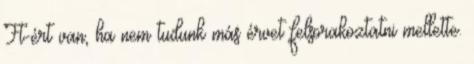
Ft-ért van, ha nem tudunk más érvet felsorakoztatni mellette.